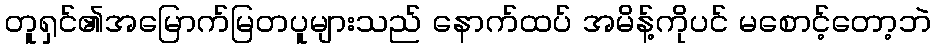
တူရှင်၏အမြောက်မြတပူများသည် နောက်ထပ် အမိန့်ကိုပင် မစောင့်တော့ဘဲ